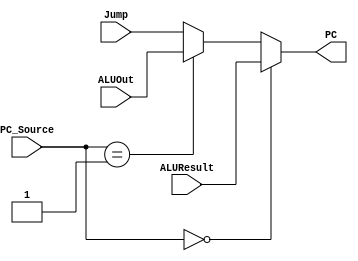
`timescale 1ns / 1ps
//////////////////////////////////////////////////////////////////////////////////
// Company: 
// Engineer: 
// 
// Design Name: 
// Module Name:    PC_Mux 
// Project Name: 
// Target Devices: 
// Tool versions: 
// Description: 
//
// Dependencies: 
//
// Revision: 
// Revision 0.01 - File Created
// Additional Comments: 
//
//////////////////////////////////////////////////////////////////////////////////
module PC_Mux(PC_Source,ALUResult,ALUOut,Jump,PC);
input [31:0] ALUResult,ALUOut,Jump;
input [1:0] PC_Source;
output reg [31:0] PC;

always @(*)
begin
    if(PC_Source == 0)
         PC <= ALUResult;

    else if(PC_Source == 1)
         PC <= ALUOut;

    else
         PC <= Jump;
end
endmodule